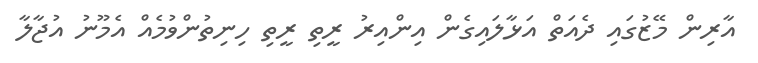
އާރިން މޭޒުގައި ދެއަތް އަޅާލައިގެން އިންއިރު ރީތި ރީތި ހިނިތުންވުމެއް އެމޫނު އުޖާލާ